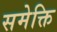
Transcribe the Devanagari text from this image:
समेक्ति